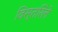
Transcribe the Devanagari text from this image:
विस्तरिले